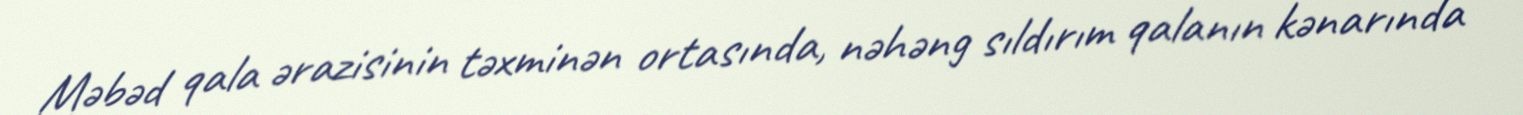
Məbəd qala ərazisinin təxminən ortasında, nəhəng sıldırım qalanın kənarında